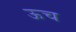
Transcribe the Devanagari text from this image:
ऊच